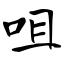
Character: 咀